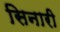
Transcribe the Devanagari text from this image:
सिनारी